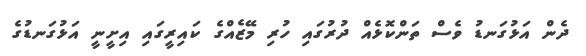
ދެން އަޅުގަނޑު ވެސް ތަންކޮޅެއް ދުރުގައި ހުރި މޭޒެއްގެ ކައިރީގައި އިށީނީ އަޅުގަނޑުގެ